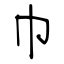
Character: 巾